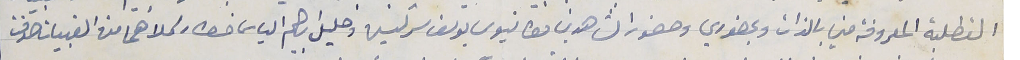
القطلبة المعروفة مني بالذات وبحضوري وحضور الشاهدين مطانيوس يوسف سركيس وخليل ابرهيم الياس خطار كلاهما من القبيات صدقت